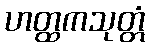
ဟတ္ထကသုတ္တံ